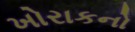
ખોરાકનો